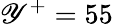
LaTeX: \mathscr{Y}^{+}=55